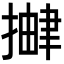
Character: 𫽹